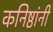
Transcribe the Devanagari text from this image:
कनिष्ठांनी